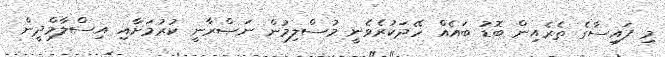
މި ފައިސާގެ ތެރެއިން ބޮޑު ބައެއް ހޭދަކުރެވެނީ މުސްލިމުން ނަޞްރާނީ ކުރުމަށާއި އިސްލާމްދީން